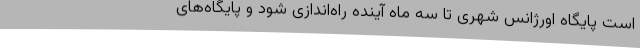
است پایگاه اورژانس شهری تا سه ماه آینده راه‌اندازی شود و پایگاه‌های